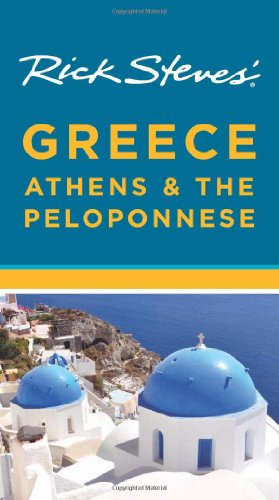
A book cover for Rick Steves' Greece: Athens & the Peloponnese; Rick Steves; Travel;